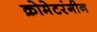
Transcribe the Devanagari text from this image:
क्रोमेटरंगीन